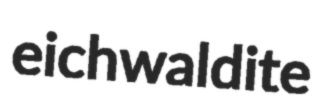
eichwaldite